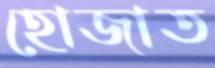
হোজাত